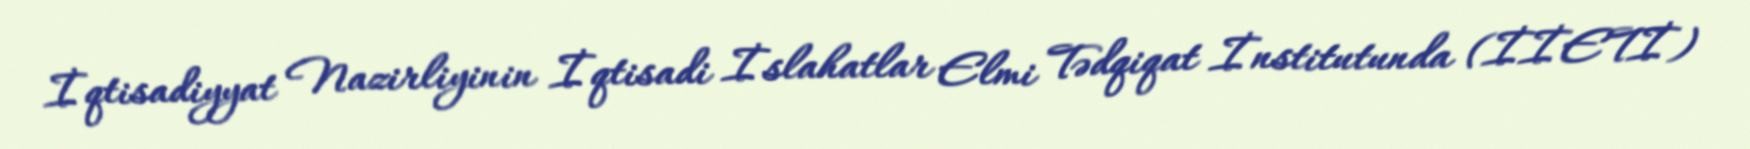
İqtisadiyyat Nazirliyinin İqtisadi İslahatlar Elmi Tədqiqat İnstitutunda (İİETİ)